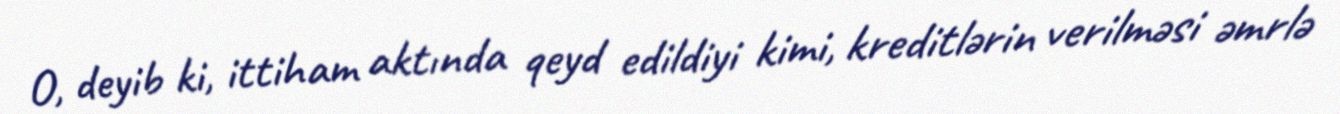
O, deyib ki, ittiham aktında qeyd edildiyi kimi, kreditlərin verilməsi əmrlə